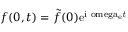
f ( 0 , t ) = \tilde { f } ( 0 ) \mathrm { { e } ^ { \mathrm { { i } \ o m e g a _ { \mathrm { e } } \it { t } } } }